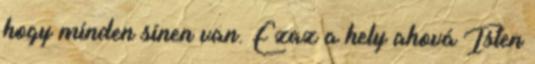
hogy minden sínen van. Ezaz a hely ahová Isten